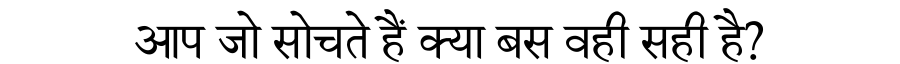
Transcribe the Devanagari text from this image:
आप जो सोचते हैं क्या बस वही सही है?